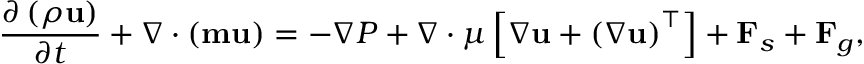
\frac { \partial \left( \rho \mathbf { u } \right) } { \partial t } + \nabla \cdot \left( \mathbf { m } \mathbf { u } \right) = - \nabla P + \nabla \cdot \mu \left[ \nabla \mathbf { u } + \left( \nabla \mathbf { u } \right) ^ { \top } \right] + \mathbf { F } _ { s } + \mathbf { F } _ { g } ,